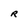
Character: R